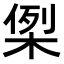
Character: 𭪪